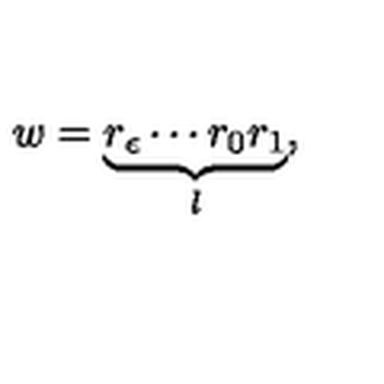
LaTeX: w = \underbrace { r _ { \epsilon } \cdots r _ { 0 } r _ { 1 } } _ { l } ,